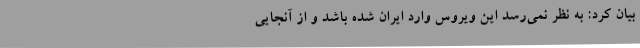
بیان کرد: به نظر نمی‌رسد این ویروس وارد ایران شده باشد و از آنجایی